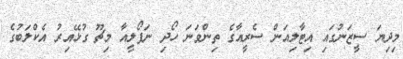
މިދިޔަ ސީޒަނުގައި އިޓާލިއަން ސެރީއާގެ ތިންވަނަ ހޯދި ނަޕޯލީއާ މިޗޫ ގުޅޭއިރު އެކްލަބުގެ